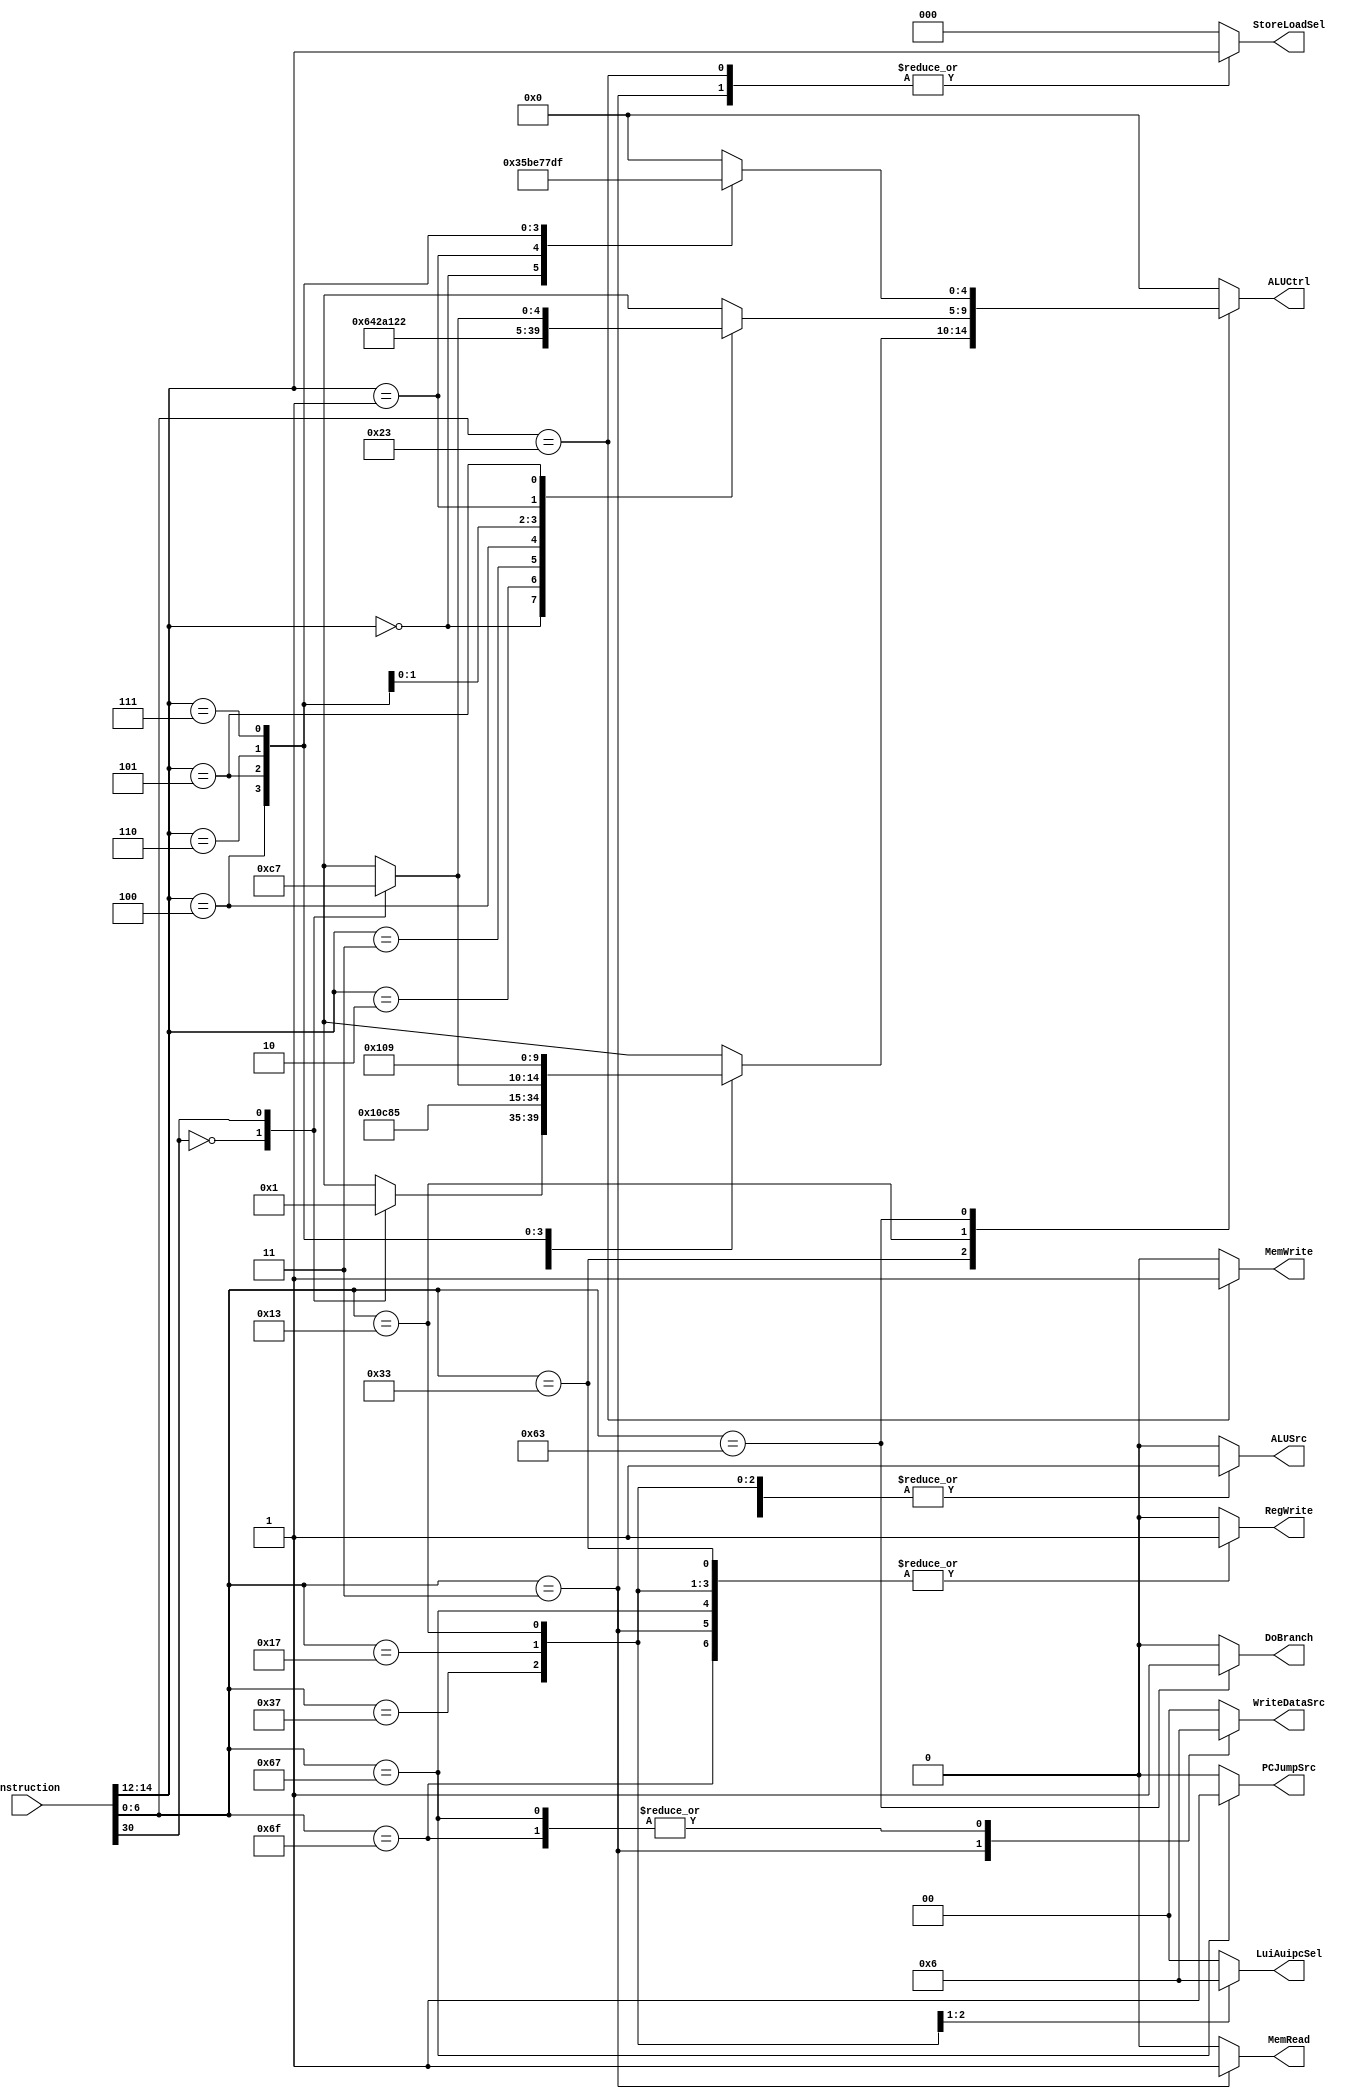
//! Main control unit. Generate control lanes based on the Opcode selected
//! and ALUOp to ALUControl.v as a 2 levels control abstraction.
module MainControl(
    input [31:0]     Instruction,     //! Instruction
    output reg          RegWrite,   //! Enable Register File WriteEn
    output reg [1:0]    WriteDataSrc,  //! Select the source to Register File WriteData between
    output reg [2:0]    StoreLoadSel,
    output reg          MemWrite,   //! Enable Data Memory write
    output reg          MemRead,    //! Enable Data Memory read
    output reg          ALUSrc,     //! Select the source to ALU input ***b*** between **RegisterFile / Immediate**
    output reg          PCJumpSrc,
    output reg [1:0]    LuiAuipcSel,
    output reg          DoBranch,     //! Select new branching program counter (if ALU also sets zero lane)
    output reg [4:0]    ALUCtrl      //! Previous instruction decodification to simplify ALUControl.
);
wire [6:0] Opcode = Instruction[6:0];
wire Func7 = Instruction[30];
wire [2:0] Func3 = Instruction[14:12];

always@(*)begin : OpcodeDecode
    case(Opcode)
    //R-type
    7'b0110011:  begin
        RegWrite = 1;
        WriteDataSrc = 0;
        StoreLoadSel = 0;    //Don't care
        MemWrite = 0;
        MemRead = 0;
        ALUSrc = 0;
        PCJumpSrc = 0;
        LuiAuipcSel = 0;
        DoBranch = 0;
        case(Func3)
        3'b000: case(Func7)
                1'b0: ALUCtrl = 0;  //ADD
                1'b1: ALUCtrl = 1;  //SUB
                endcase
        3'b001: ALUCtrl = 2;        //SLL
        3'b010: ALUCtrl = 3;        //SLT
        3'b011: ALUCtrl = 4;        //SLTU
        3'b100: ALUCtrl = 5;        //XOR
        3'b101: case(Func7)
                1'b0: ALUCtrl = 6;  //SRL
                1'b1: ALUCtrl = 7;  //SRA
                endcase
        3'b110: ALUCtrl = 8;       //OR
        3'b111: ALUCtrl = 9;       //AND
        default: ALUCtrl = 0;
        endcase
    end
    //I -type Immediates
    7'b0010011:  begin
        RegWrite = 1;
        WriteDataSrc = 0;
        StoreLoadSel = 0;    //Don't care
        MemWrite = 0;
        MemRead = 0;
        ALUSrc = 1;
        PCJumpSrc = 0;
        LuiAuipcSel = 0;
        DoBranch = 0;
        case(Func3)
        3'b000: ALUCtrl = 0;    //ADDI
        3'b010: ALUCtrl = 3;    //SLTI
        3'b011: ALUCtrl = 4;    //SLTIU
        3'b100: ALUCtrl = 5;    //XORI
        3'b110: ALUCtrl = 8;    //ORI
        3'b111: ALUCtrl = 9;    //ANDI
        3'b001: ALUCtrl = 2;    //SLLI
        3'b101: case(Func7)
                1'b0: ALUCtrl = 6;  //SRLI
                1'b1: ALUCtrl = 7;  //SRAI
                endcase
        endcase
    end
    //Lw
    7'b0000011:  begin
        RegWrite = 1;
        WriteDataSrc = 1;
        StoreLoadSel = Func3;    //Use Func3 to Select Size and Align Address
        MemWrite = 0;
        MemRead = 1;
        ALUSrc = 1;
        PCJumpSrc = 0;
        LuiAuipcSel = 0;
        DoBranch = 0;
        ALUCtrl = 0;    //Add to get Data Memory Address
    end
    //Sw
    7'b0100011:  begin
        RegWrite = 0;
        WriteDataSrc = 0;
        StoreLoadSel = Func3;    //Use Func3 to Select Size and Align Address
        MemWrite = 1;
        MemRead = 0;
        ALUSrc = 1;
        PCJumpSrc = 0;
        LuiAuipcSel = 0;
        DoBranch = 0;
        ALUCtrl = 0;    //Add to get datamem. dir
    end
    //Branches
    7'b1100011:  begin
        RegWrite = 0;
        WriteDataSrc = 0;
        StoreLoadSel = 0;    //Don't care
        MemWrite = 0;
        MemRead = 0;
        ALUSrc = 0;
        PCJumpSrc = 0;
        LuiAuipcSel = 0;
        DoBranch = 1;
        case(Func3)
        3'b000: ALUCtrl = 26; //BEQ
        3'b001: ALUCtrl = 27; //BNE
        3'b100: ALUCtrl = 28; //BLT
        3'b101: ALUCtrl = 29; //BGE
        3'b110: ALUCtrl = 30; //BLTU
        3'b111: ALUCtrl = 31; //BGEU
        default: ALUCtrl = 0;
        endcase
    end
    //Jal
    7'b1101111:  begin
        RegWrite = 1;       //Enable writing PC to RegisterFile
        WriteDataSrc = 2;   //Select PC as WriteData
        StoreLoadSel = 0;    //Don't care
        MemWrite = 0;       //Don't write Data Memory
        MemRead = 0;        //Don't read Data Memory
        ALUSrc = 0;         //Don't care about ALU
        PCJumpSrc = 0;      //Target address = PC + Immediate
        LuiAuipcSel = 0;
        DoBranch = 0;       //Not a Branch
        ALUCtrl = 0;        //Don't case about ALU
    end
    //Jalr
    7'b1100111:  begin
        RegWrite = 1;       //Enable writing PC to RegisterFile
        WriteDataSrc = 2;   //Select PC as WriteData
        StoreLoadSel = 0;    //Don't care
        MemWrite = 0;       //Don't write Data Memory
        MemRead = 0;        //Don't read Data Memory
        ALUSrc = 0;         //Don't care about ALU
        PCJumpSrc = 1;      //Target address = [rs1]ReadData1 + immediate
        LuiAuipcSel = 0;
        DoBranch = 0;       //Not a Branch
        ALUCtrl = 0;        //Don't case about ALU
    end
    //Lui
    7'b0110111:  begin
        RegWrite = 1;       //Enable writing the immediate to RegisterFile
        WriteDataSrc = 0;   //Select ALU as WriteData
        StoreLoadSel = 0;    //Don't care
        MemWrite = 0;       //Don't write Data Memory
        MemRead = 0;        //Don't read Data Memory
        ALUSrc = 1;         //Selects immediate as the input to ALUB
        PCJumpSrc = 0;      //Don't care
        LuiAuipcSel = 1;    //Selects 0 as the input to ALUA. 
        DoBranch = 0;       //Not a Branch
        ALUCtrl = 0;        //ADD: ALU 0 + ALUB immediate
    end
    //Auipc
    7'b0010111:  begin
        RegWrite = 1;       //Enable writing the immediate to RegisterFile
        WriteDataSrc = 0;   //Select ALU as WriteData
        StoreLoadSel = 0;    //Don't care
        MemWrite = 0;       //Don't write Data Memory
        MemRead = 0;        //Don't read Data Memory
        ALUSrc = 1;         //Selects immediate as the input to ALUB
        PCJumpSrc = 0;      //Don't care
        LuiAuipcSel = 2;    //Selects PC as the input to ALUA. 
        DoBranch = 0;       //Not a Branch
        ALUCtrl = 0;        //ADD: ALU 0 + ALUB immediate
    end
    default:  begin
        RegWrite = 0;
        WriteDataSrc = 0;
        StoreLoadSel = 0;
        MemWrite = 0;
        MemRead = 0;
        ALUSrc = 0;
        PCJumpSrc = 0;
        LuiAuipcSel = 0;
        DoBranch = 0;
        ALUCtrl = 0; 
    end
    endcase
end

endmodule